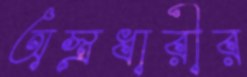
অস্ত্রধারীর